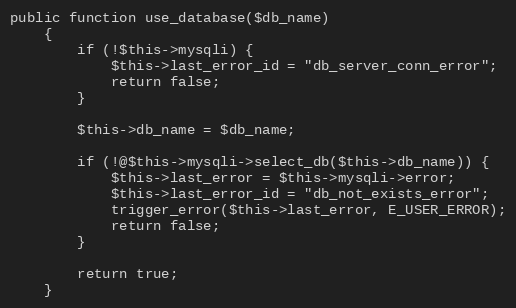
Language: PHP
public function use_database($db_name)
    {
        if (!$this->mysqli) {
            $this->last_error_id = "db_server_conn_error";
            return false;
        }

        $this->db_name = $db_name;

        if (!@$this->mysqli->select_db($this->db_name)) {
            $this->last_error = $this->mysqli->error;
            $this->last_error_id = "db_not_exists_error";
            trigger_error($this->last_error, E_USER_ERROR);
            return false;
        }

        return true;
    }